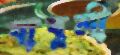
বাবুলী